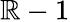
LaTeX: \mathbb{R}-1